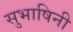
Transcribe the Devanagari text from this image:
सुभाषिनी